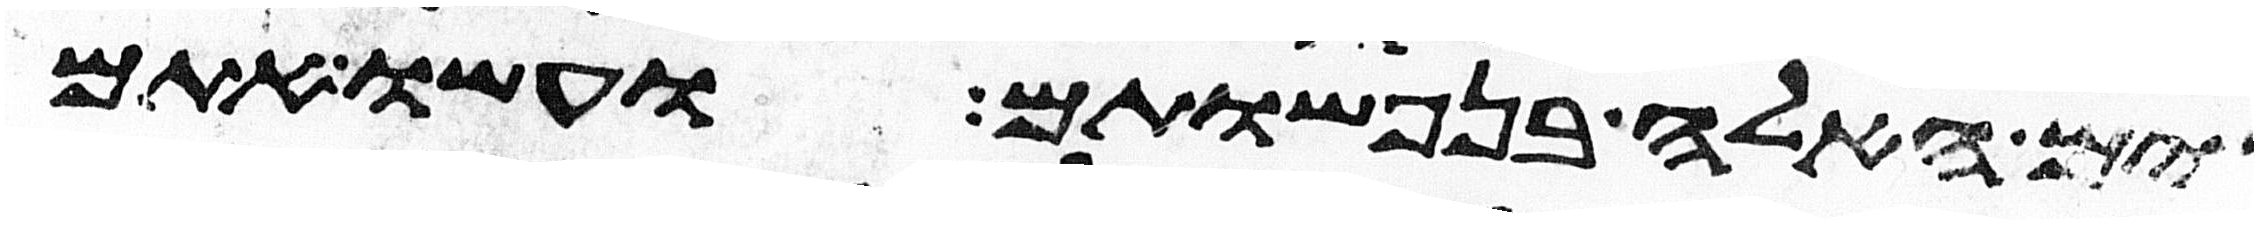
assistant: האלה בנפשותם ועשו אתם